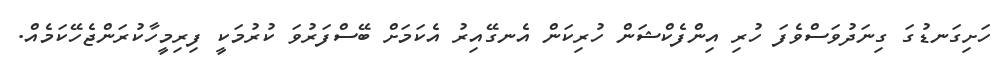
ހަށިގަނޑުގަ ގިނަދުވަސްވެފަ ހުރި އިންފެކްޝަން ހުރިކަން އެނގޭއިރު އެކަމަށް ބޭސްފަރުވަ ކުރުމަކީ ފިރިމީހާކުރަންޖެހޭކަމެއް.